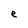
Character: e